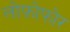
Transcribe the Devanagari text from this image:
लोफ़ोफोर